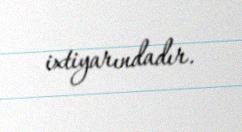
ixtiyarındadır.